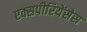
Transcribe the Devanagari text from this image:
एक्सपीरियेंसेस